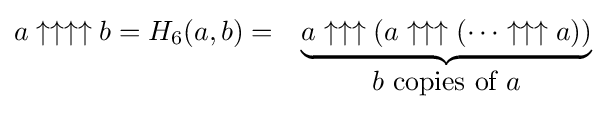
{\begin{matrix}a\uparrow \uparrow \uparrow \uparrow b=H_{6}(a,b)=&\underbrace {a_{}\uparrow \uparrow \uparrow (a\uparrow \uparrow \uparrow (\cdots \uparrow \uparrow \uparrow a))} \\&b{\mbox{ copies of }}a\end{matrix}}